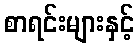
စာရင်းများနှင့်